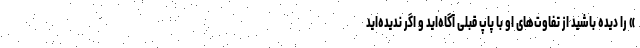
» را دیده باشید از تفاوت‌های او با پاپ قبلی آگاه‌اید و اگر ندیده‌اید